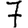
Digit: 7